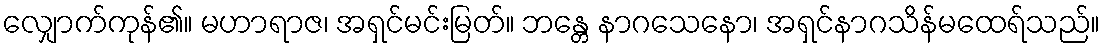
လျှောက်ကုန်၏။ မဟာရာဇ၊ အရှင်မင်းမြတ်။ ဘန္တေ နာဂသေနော၊ အရှင်နာဂသိန်မထေရ်သည်။